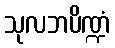
သုလဘပိဏ္ဍံ